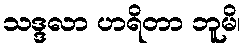
သဒ္ဒလာ ဟရိတာ ဘူမိ၊